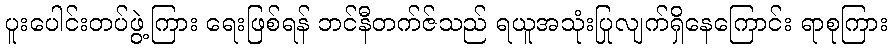
ပူးပေါင်းတပ်ဖွဲ့ကြား ရေးဖြစ်ရန် ဘင်နီတက်ဇ်သည် ရယူအသုံးပြုလျက်ရှိနေကြောင်း ရာစုကြား